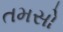
તમસો